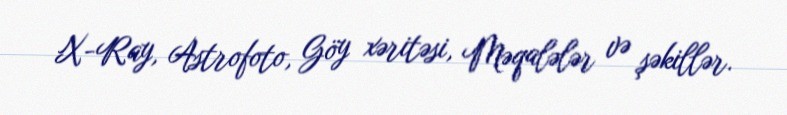
X-Ray, Astrofoto, Göy xəritəsi, Məqalələr və şəkillər.